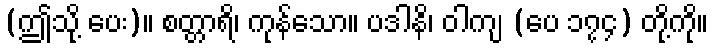
(ဤသို့ ပေး)။ စတ္တာရိ၊ ကုန်သော။ ပဒါနိ၊ ဝါကျ (ပေ ၁၇၄) တို့ကို။